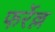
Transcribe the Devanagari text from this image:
फर्रेल्ल